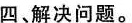
四解决问题。